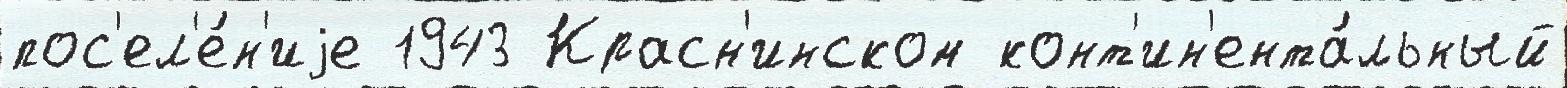
пос'ел'е́н'иjе 1943 Красн'инском конт'ин'ента́льный